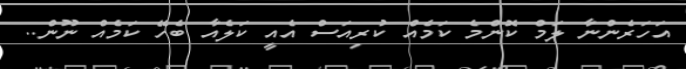
އަހަރެންނާ ލަމް ކޮންމެ ކަމެއް ކުރިއަސް އެއީ ކަލެއާ ބެހޭ ކަމެއް ނޫން..